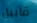
قابيل